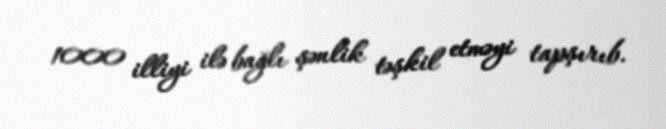
1000 illiyi ilə bağlı şənlik təşkil etməyi tapşırıb.